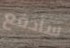
سأدفع